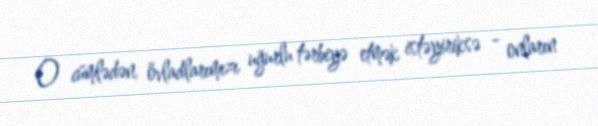
O cümlədən, övladlarımızı uğurlu tərbiyə etmək istəyiriksə - onların